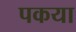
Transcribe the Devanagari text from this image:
पकया